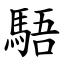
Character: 䮏